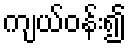
ကျယ်ဝန်း၍